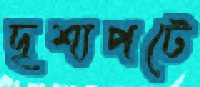
দৃশ্যপটে